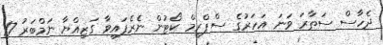
ދެހާސް ސަތާރަ ވަނަ އަހަރުގެ ސްޕްރީމް ކޯޓުން ނެެރެފައިވާ ގަޒިއްޔާ ނަމްބަރު 17